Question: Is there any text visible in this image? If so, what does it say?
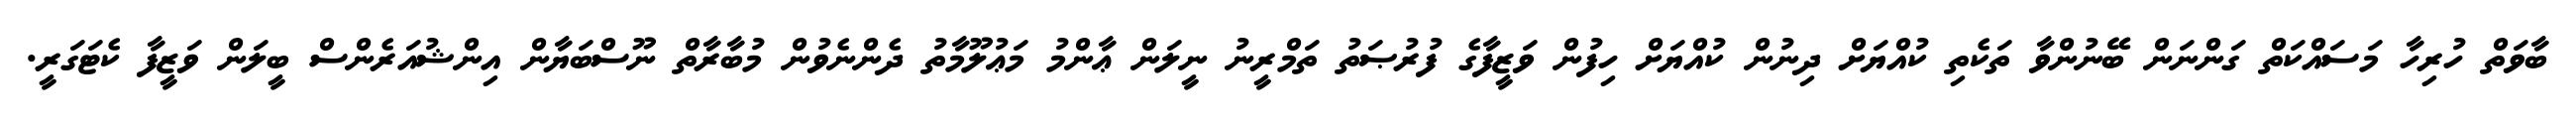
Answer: ބާވަތް ހުރިހާ މަސައްކަތް ގަންނަން ބޭނުންވާ ތަކެތި ކުއްޔަށް ދިނުން ކުއްޔަށް ހިފުން ވަޒީފާގެ ފުރުޞަތު ތަމްރީނު ނީލަން ޢާންމު މަޢުލޫމާތު ދެންނެވުން މުބާރާތް ނޫސްބަޔާން އިންޝުއަރެންސް ބީލަން ވަޒީފާ ކެޓަގަރީ.